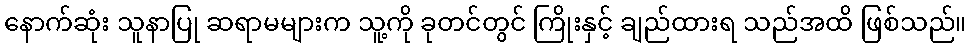
နောက်ဆုံး သူနာပြု ဆရာမများက သူ့ကို ခုတင်တွင် ကြိုးနှင့် ချည်ထားရ သည်အထိ ဖြစ်သည်။